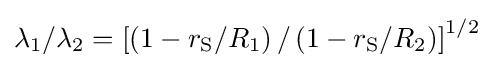
\lambda _{1}/\lambda _{2}=\left[\left(1-r_{\text{S}}/R_{1}\right)/\left(1-r_{\text{S}}/R_{2}\right)\right]^{1/2}